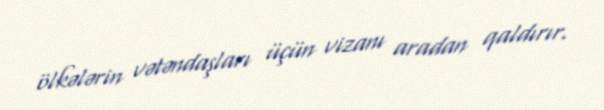
ölkələrin vətəndaşları üçün vizanı aradan qaldırır.